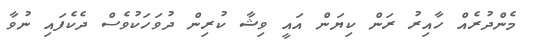
މެންދުރެއް ހާއިރު ރަން ކިޔަން އައީ ވިޝާ ކުރިން ދުވަހަކުވެސް ދެކެފައި ނުވާ